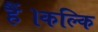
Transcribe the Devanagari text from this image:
हैं।कल्कि